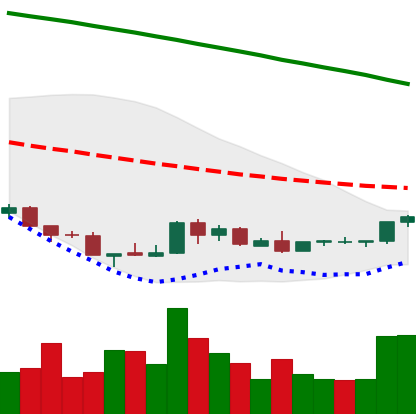
Ticker: NEO-USD
Chart end date: 2018-08-28
Forward return: 3.391%
Label: up_3_5